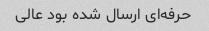
حرفه‌ای ارسال شده بود عالی